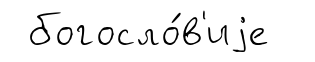
богосло́в'иjе